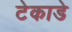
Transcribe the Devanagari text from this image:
टेकाडे